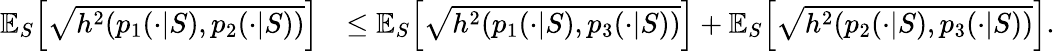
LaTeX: \begin{array}{rl}{\mathbb{E}_{S}\Big[\sqrt{h^{2}(p_{1}(\cdot|S),p_{2}(\cdot|S))}\Big]}&{\leq\mathbb{E}_{S}\Big[\sqrt{h^{2}(p_{1}(\cdot|S),p_{3}(\cdot|S))}\Big]+\mathbb{E}_{S}\Big[\sqrt{h^{2}(p_{2}(\cdot|S),p_{3}(\cdot|S))}\Big].}\end{array}